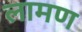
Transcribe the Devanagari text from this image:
लामण